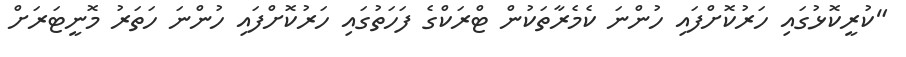
"ކުރީކޮޅުގައި ހަރުކޮށްފައި ހުންނަ ކެމެރާތަކުން ޓްރަކްގެ ފަހަތުގައި ހަރުކޮށްފައި ހުންނަ ހަތަރު މޮނީޓަރަށް